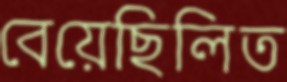
বেয়েছিলিত